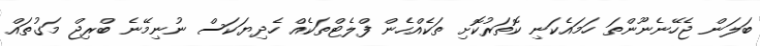
ބަލަން ޖެހޭނެނޫންތަ ހަމައެކަނި ކޮތަރުކޮށި ތަކެއްހެން ފްލެޓްތަކެއް ހެދިޔަކަސް ނުނިމޭނެ ބްރިޖް މަގުތައް